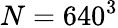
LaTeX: N=640^{3}